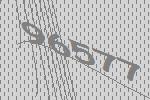
96577